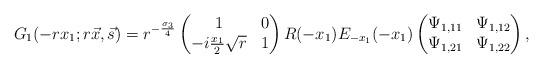
LaTeX: \begin{align*}G_{1}(-rx_{1};r\vec{x},\vec{s}) = r^{-\frac{\sigma_{3}}{4}}\begin{pmatrix}1 & 0 \\ -i\frac{x_{1}}{2}\sqrt{r} & 1\end{pmatrix}R(-x_{1})E_{-x_{1}}(-x_{1})\begin{pmatrix}\Psi_{1,11} & \Psi_{1,12} \\ \Psi_{1,21} & \Psi_{1,22}\end{pmatrix},\end{align*}